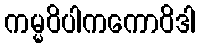
ကမ္မဝိပါကကောဝိဒါ